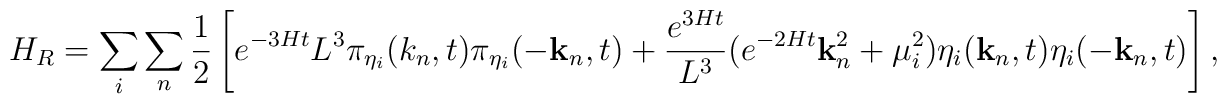
H_R=\sum_i \sum_n \frac{1}{2} \left[e^{-3Ht} L^3\pi_{\eta_i}(k_n,t)\pi_{\eta_i}(-{\bf k}_n,t)+ \frac{e^{3Ht}}{L^3}(e^{-2Ht}{\bf k}_n^2+\mu_i^2)\eta_i({\bf k}_n,t)\eta_i(-{\bf k}_n,t) \right],